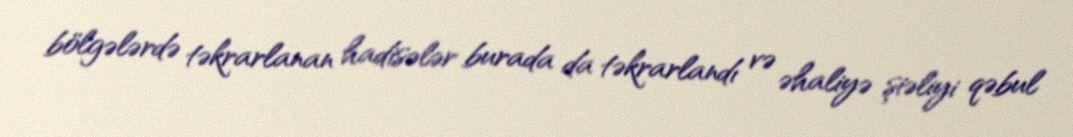
bölgələrdə təkrarlanan hadisələr burada da təkrarlandı və əhaliyə şiəliyi qəbul